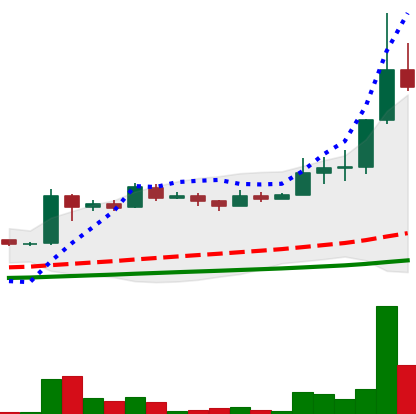
Ticker: LINK-USD
Chart end date: 2019-06-30
Forward return: 5.085%
Label: up_5_7